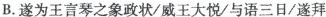
B.遂为王言琴之象政状/威王大悦/与语三日/遂拜